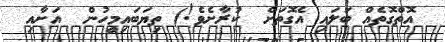
އޮތްގޮތެއް ބަލައި އެގޮތަށް  ކުރާށެވެ!) ތިޔަބައިމީހުން  އަށާއި